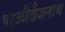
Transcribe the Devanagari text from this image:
परळीवैजनाथ